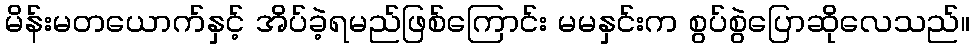
မိန်းမတယောက်နှင့် အိပ်ခဲ့ရမည်ဖြစ်ကြောင်း မမနှင်းက စွပ်စွဲပြောဆိုလေသည်။